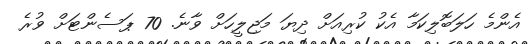
އެންމެ ހަލަބޮލިކަމާ އެކު ކުރިއަށް ދިޔަ މަޖިލީހަށް ވާނެ. 70 ޕަސެންޓަށް ވުރެ